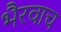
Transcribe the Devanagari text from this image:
भैरवाच